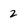
Character: 2